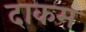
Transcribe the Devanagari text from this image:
दाकम